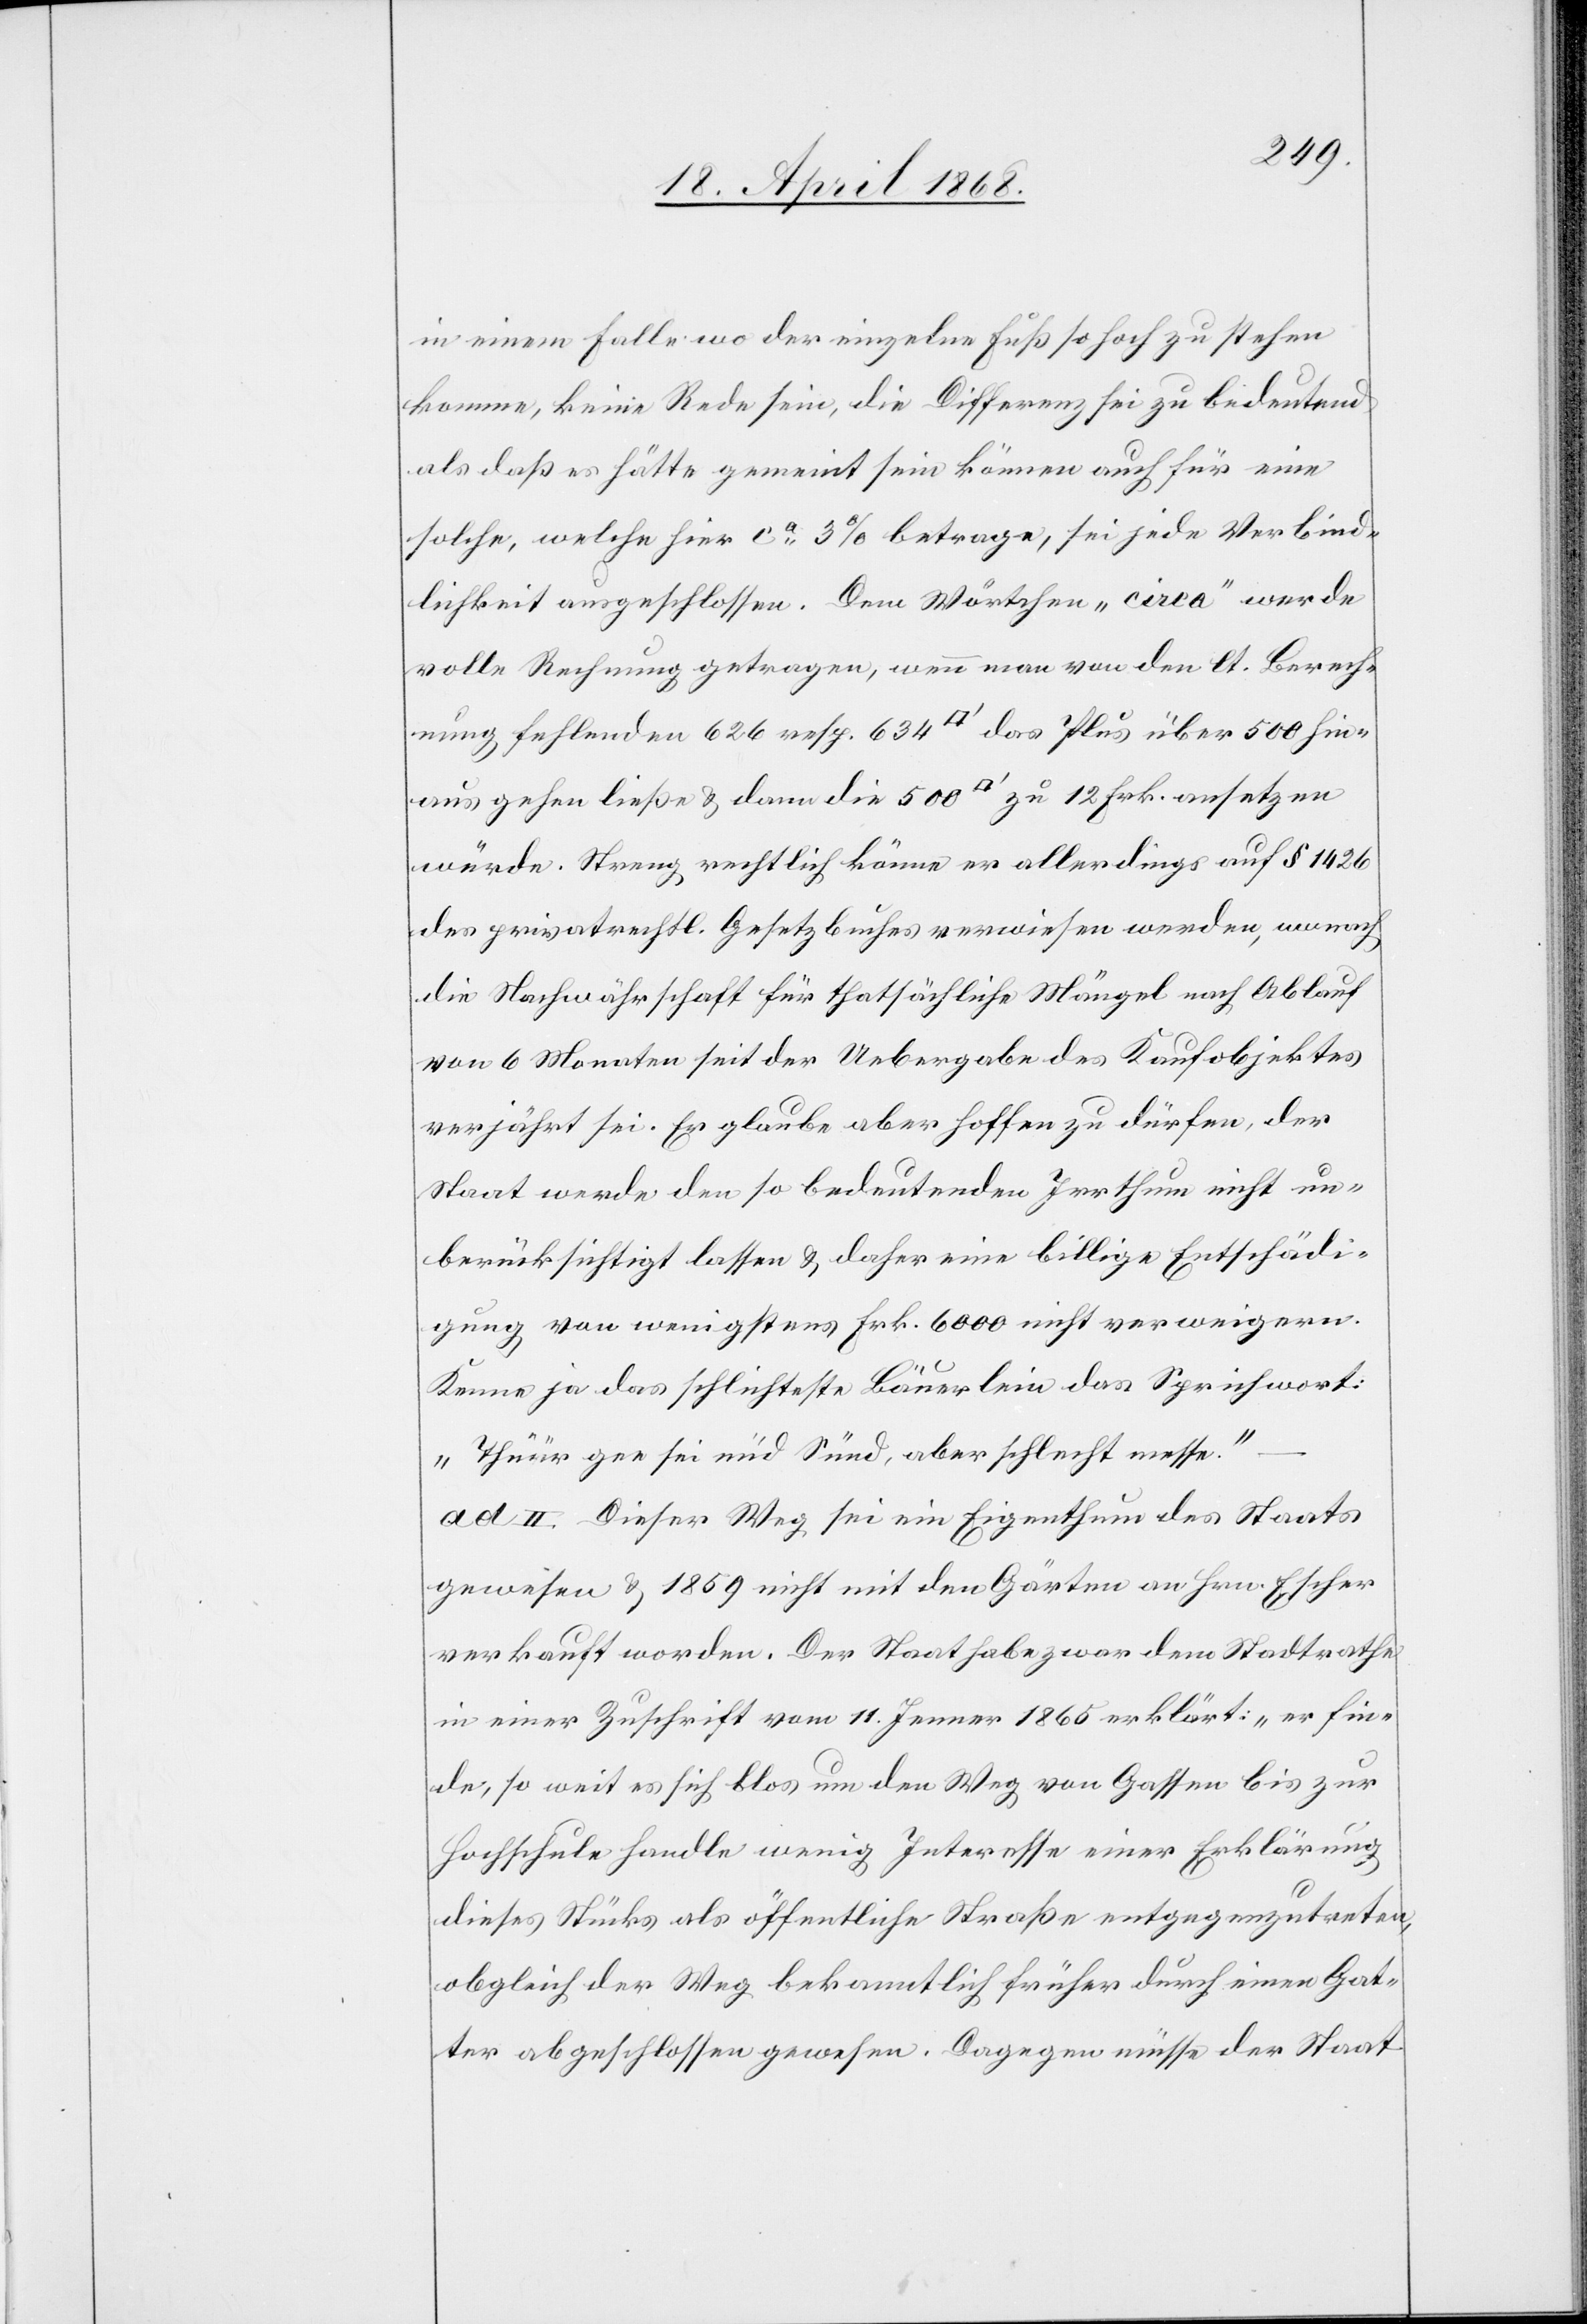
in einem Falle wo der einzelne Fuß so hoch zu stehen
komme, keine Rede sein, die Differenz sei zu bedeutend
als daß es hätte gemeint sein können auch für eine
solche, welche hier ca. 3% betrage, sei jede Verbind¬
lichkeit ausgeschlossen. Dem Wörtchen „circa“ werde
volle Rechnung getragen, wenn man von den lt. Berech¬
nung fehlenden 626 resp. 634 [Quadratfuß] das Plus über 500 hin¬
aus gehen ließe & dann die 500 [Quadratfuß] zu 12 Frk. ansetzen
würde. Streng rechtlich könne er allerdings auf § 1426
des privatrechtl. Gesetzbuches verwiesen werden, wonach
die Nachwährschaft für thatsächliche Mängel nach Ablauf
von 6 Monaten seit der Uebergabe des Kaufobjektes
verjährt sei. Er glaube aber hoffen zu dürfen, der
Staat werde den so bedeutenden Irrthum nicht un¬
berücksichtigt lassen & daher eine billige Entschädi¬
gung von wenigstens Frk. 6000 nicht verweigern.
Kenne ja das schlichteste Bäuerlein das Sprichwort:
„Thüür gee sei nüd Sünd, aber schlecht messe.“
ad II. Dieser Weg sei ein Eigenthum des Staats
gewesen & 1859 nicht mit den Gärten an Hrn. Escher
verkauft worden. Der Staat habe zwar dem Stadtrathe
in einer Zuschrift vom 11. Jenner 1865 erklärt: „er fin¬
de, so weit es sich blos um den Weg von Gassen bis zur
Hochschule handle wenig Interesse einer Erklärung
dieses Stücks als öffentliche Straße entgegenzutreten,
obgleich der Weg bekanntlich früher durch einen Gat¬
ter abgeschlossen gewesen. Dagegen müsse der Staat